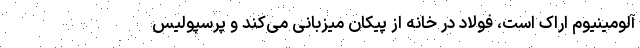
آلومینیوم اراک است، فولاد در خانه از پیکان میزبانی می‌کند و پرسپولیس